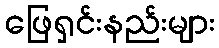
ဖြေရှင်းနည်းများ